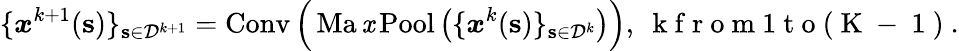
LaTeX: \{ \boldsymbol{\mathit{x}}^{k+1}(\mathbf{{s}})\} _{\mathbf{{s}}\in\mathcal{{D}}^{k+1}}=\operatorname{Conv}\Big(\operatorname{Ma\mathit{x}Pool}\big(\{ \boldsymbol{\mathit{x}}^{k}(\mathbf{{s}})\} _{\mathbf{{s}}\in\mathcal{{D}}^{k}}\big)\Big),\ \mathrm{{~k~f~r~o~m~1~t~o~(~K~-~1~)~}}.